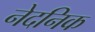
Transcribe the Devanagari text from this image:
नेदनिक